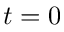
t = 0